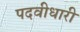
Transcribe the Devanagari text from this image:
पदवीधारी